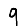
Digit: 9